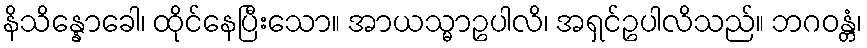
နိသိန္နောခေါ၊ ထိုင်နေပြီးသော။ အာယသ္မာဥပါလိ၊ အရှင်ဥပါလိသည်။ ဘဂဝန္တံ၊